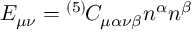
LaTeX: E _ { \mu \nu } = { } ^ { ( 5 ) \! } C _ { \mu \alpha \nu \beta } n ^ { \alpha } n ^ { \beta }